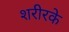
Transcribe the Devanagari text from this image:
शरीरके